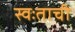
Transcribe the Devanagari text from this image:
स्वःताची